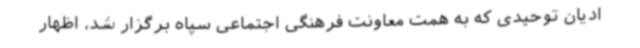
ادیان توحیدی که به همت معاونت فرهنگی اجتماعی سپاه برگزار شد، اظهار